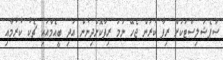
ސްޕެޝަލިސްޓަކަށް ރިފާ ކުރަން ޖެހޭ ނަމަ ރިފާކޮށްދިނުން އަދި ބީއެމްއައި ޗެކު ކުރުމާއި